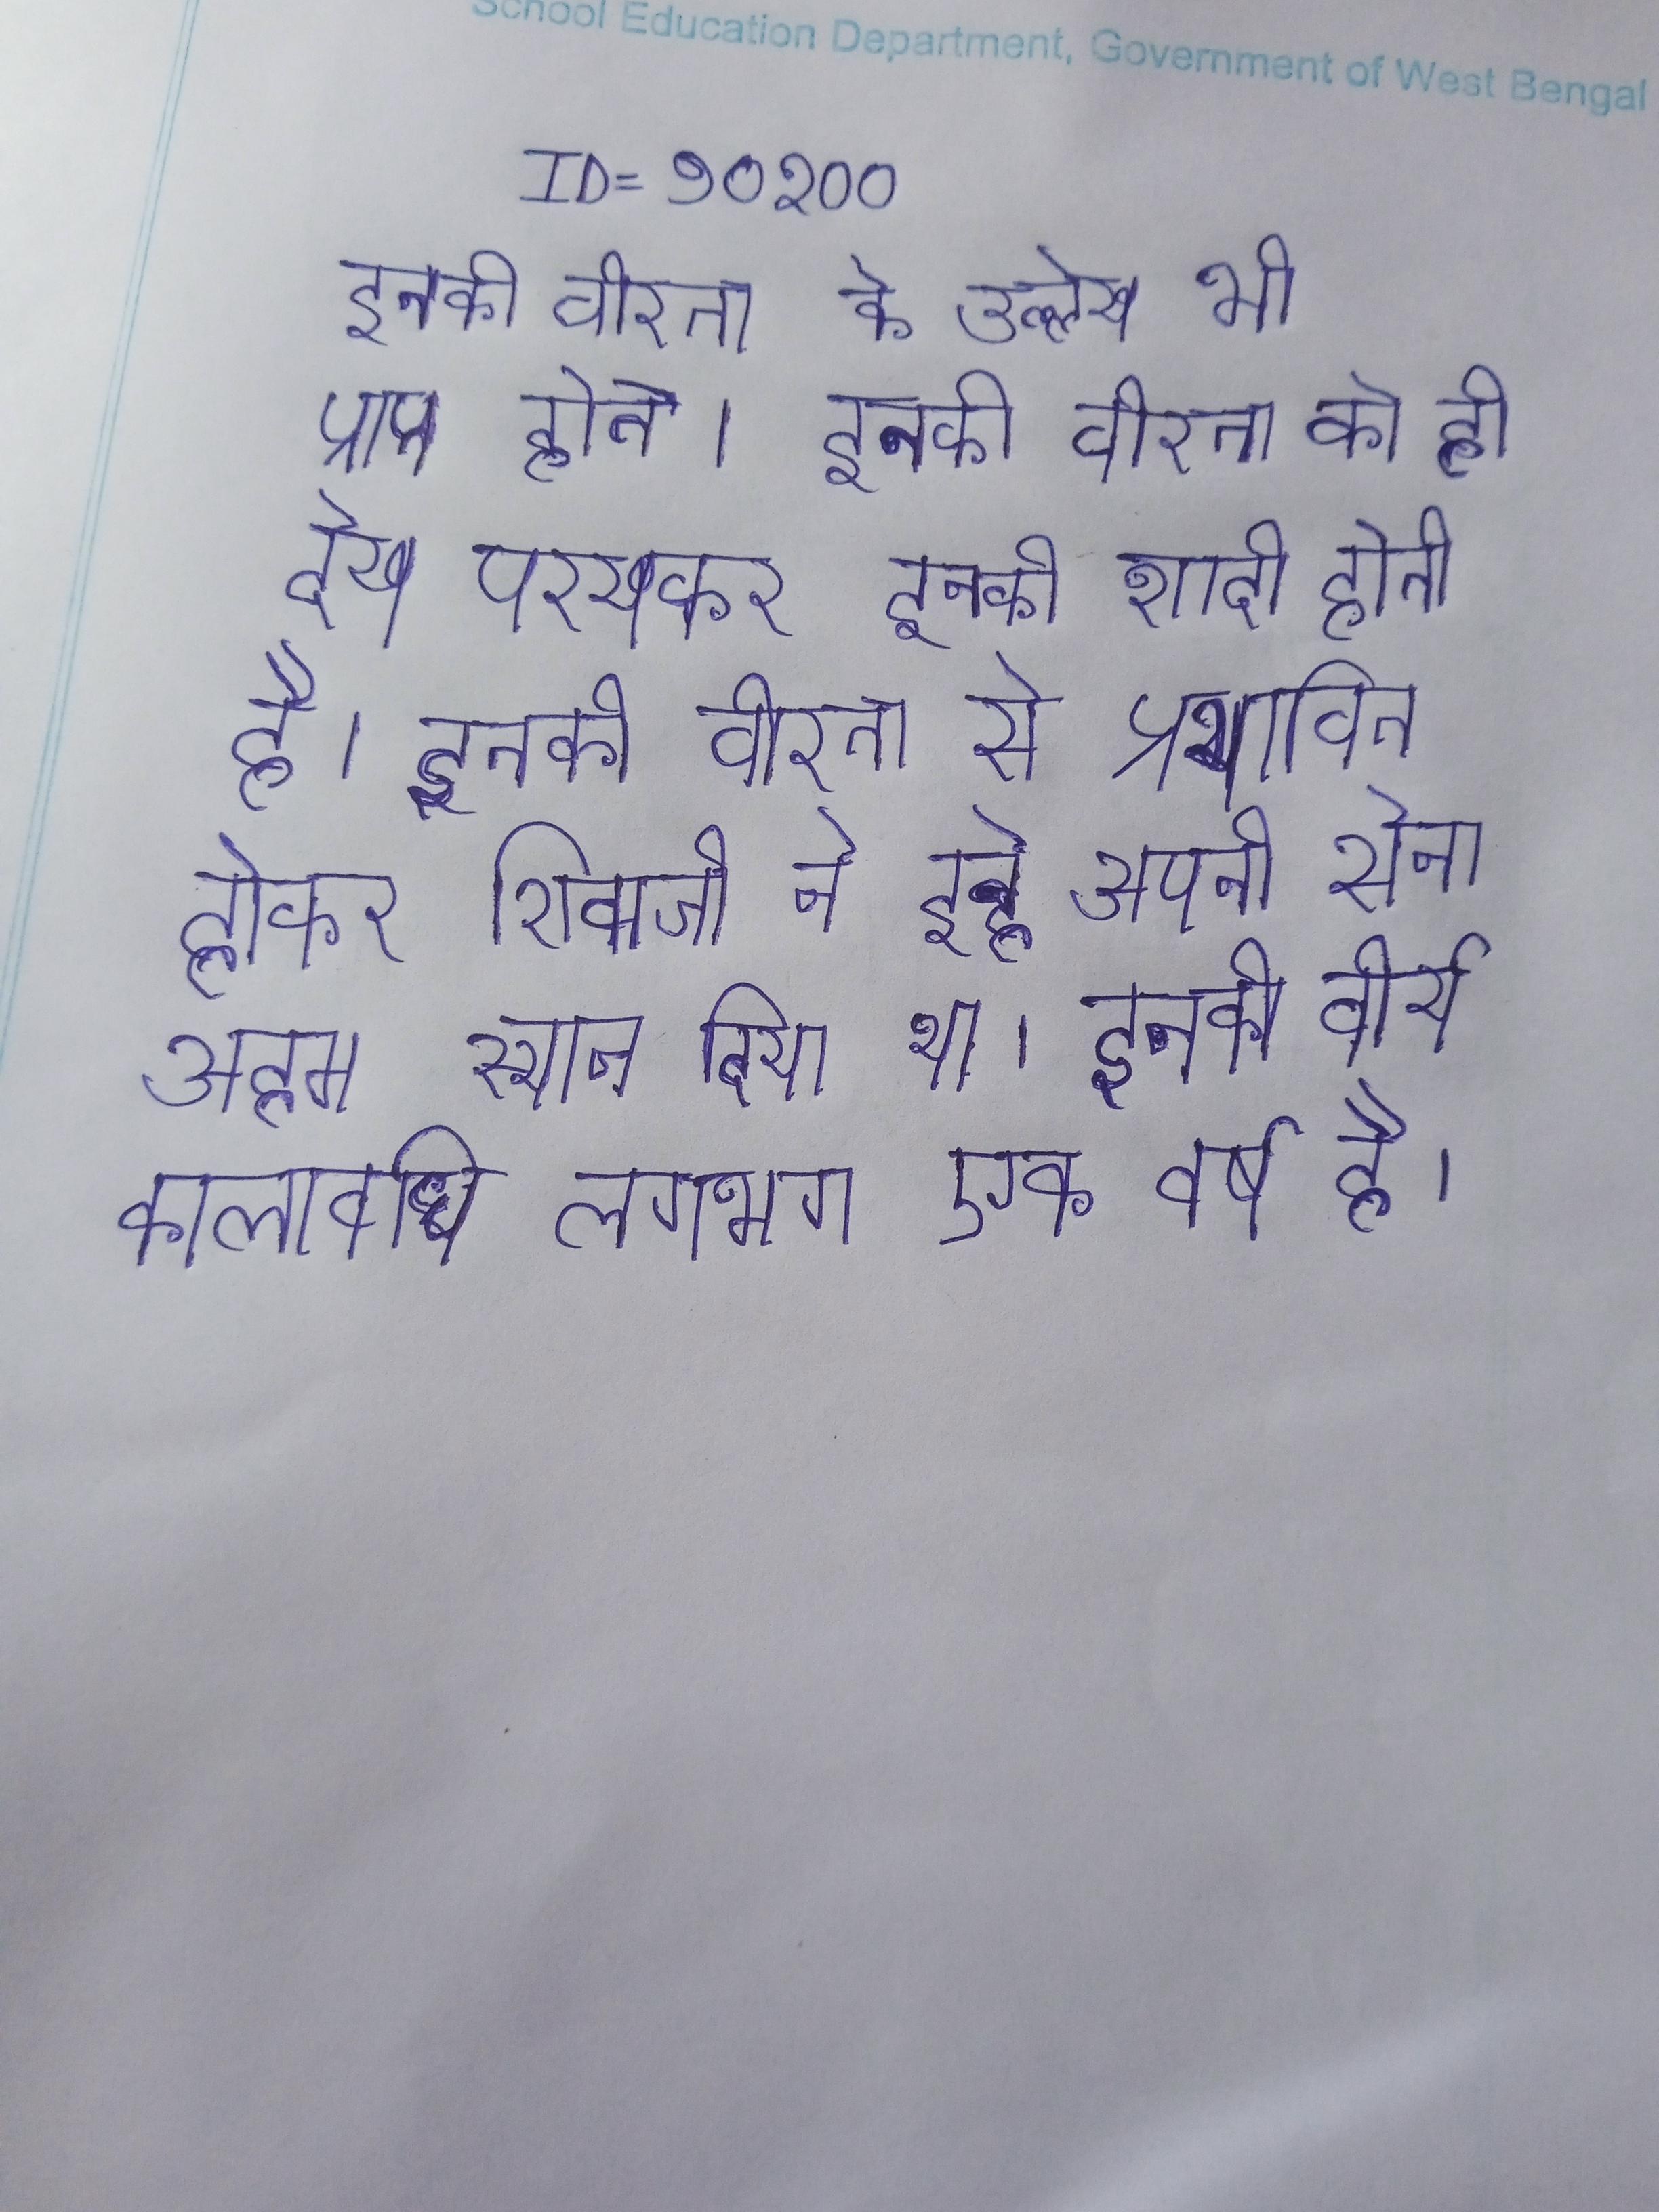
इनकी वीरता के उल्लेख भी प्राप्त होते । इनकी वीरता को ही देख परखकर इनकी शादी होती है । इनकी वीरता से प्रभावित होकर शिवाजी ने इन्हे अपनी सेना अहम स्थान दिया था । इनकी वीर्य कालावधि लगभग एक वर्ष है ।